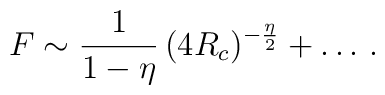
F\sim \frac{1}{1-\eta}\, (4R_c)^{-{\frac{\eta}{2}}}+\ldots\, .